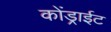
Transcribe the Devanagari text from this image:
कोंड्राईट